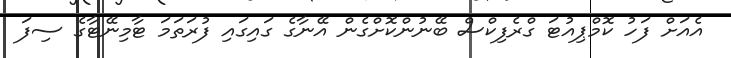
އެއަށް ފަހު ކޮމްޕިއުޓަ ގްރެފިކްސް ބޭނުންކޮށްގެން އޭނާގެ ގައިގައި ފުރަތަމަ ޓާމިނޭޓާގެ ސިފަ